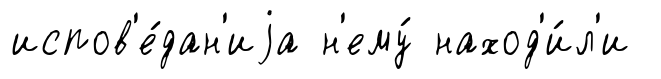
испов'е́дан'иjа н'ему́ наход'и́л'и